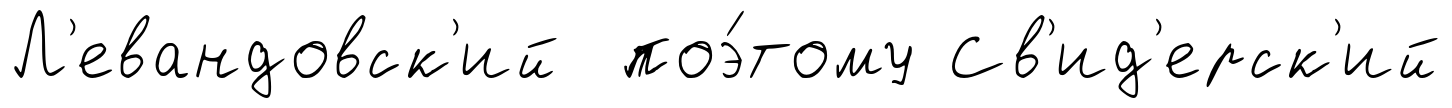
Л'евандовск'ий поэ́тому Св'ид'ерск'ий